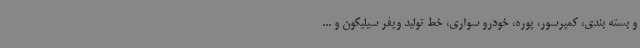
و بسته بندی، کمپرسور، پوره، خودرو سواری، خط تولید ویفر سیلیکون و ...